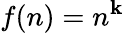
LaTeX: f(n)=n^{\mathbf{k}}